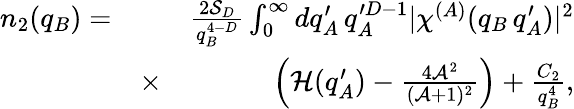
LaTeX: \begin{array}{rlr}{n_{2}(q_{B})=}&{}&{\frac{2\mathcal{S}_{D}}{q_{B}^{4-D}}\int_{0}^{\infty}dq_{A}^{\prime}\, q_{A}^{\prime D-1}|\chi^{(A)}(q_{B}\, q_{A}^{\prime})|^{2}}\\ &{\times}&{\left(\mathcal{H}(q_{A}^{\prime})-\frac{4\mathcal{A}^{2}}{(\mathcal{A}+1)^{2}}\right)+\frac{C_{2}}{q_{B}^{4}},}\end{array}